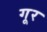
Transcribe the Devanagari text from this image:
गूर